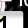
Digit: 1